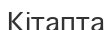
Кітапта